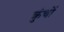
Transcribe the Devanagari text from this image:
क्रुंचों